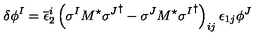
\delta \phi ^ { I } = \overline { { \epsilon } } _ { 2 } ^ { i } \left( \sigma ^ { I } M ^ { \star } { \sigma ^ { J } } ^ { \dagger } - \sigma ^ { J } M ^ { \star } { \sigma ^ { I } } ^ { \dagger } \right) _ { i j } \epsilon _ { 1 j } \phi ^ { J }